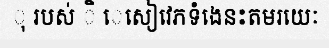
ុ របស់ ិ េសៀវេភទំងេនះតមរយេៈ